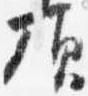
頂